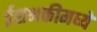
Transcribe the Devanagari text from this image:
ईशभक्तीमध्ये